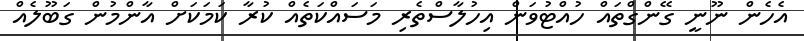
އެހެން ނޫނީ ގޭންގްތައް ހުއްޓުވަން އިހުލާސްތެރި މަސައްކަތެއް ކުރާ ކަމަކަށް އާންމުން ގަބޫލެއް